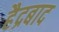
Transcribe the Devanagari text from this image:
हैद्रबाद